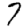
Digit: 7